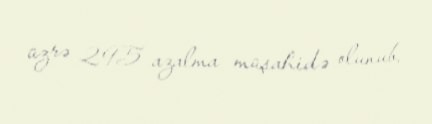
üzrə 295 azalma müşahidə olunub.